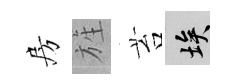
房旌苔埃